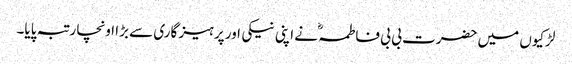
لڑکیوں میں حضرت بی بی فاطمہؓ نے اپنی نیکی اور پرہیز گاری سے بڑا اونچا رتبہ پایا۔